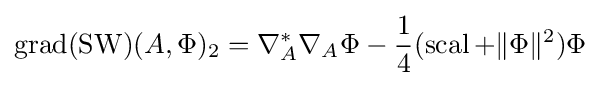
\operatorname {grad} (\operatorname {SW} )(A,\Phi )_{2}=\nabla _{A}^{*}\nabla _{A}\Phi -{\frac {1}{4}}(\operatorname {scal} +\|\Phi \|^{2})\Phi